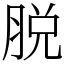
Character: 脱